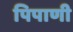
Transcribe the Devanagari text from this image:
पिपाणी